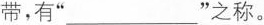
带，有 ” ___ ” 之称。